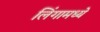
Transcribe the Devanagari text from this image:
लिंगामध्ये